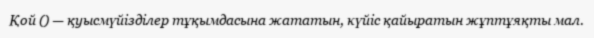
Қой () — қуысмүйізділер тұқымдасына жататын, күйіс қайыратын жұптұяқты мал.